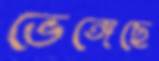
ভেঙ্গেছে